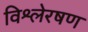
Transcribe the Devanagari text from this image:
विश्लेरषण